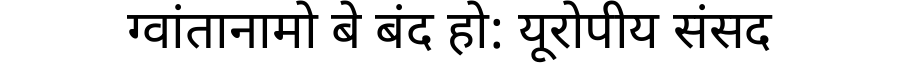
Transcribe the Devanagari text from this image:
ग्वांतानामो बे बंद हो: यूरोपीय संसद